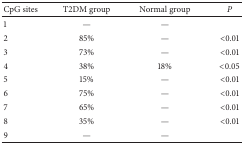
| CpG sites | T2DM group | Normal group | P |
 | --- | --- | --- | --- |
 | 1 | — | — |  |
 | 2 | 85% | — | <0.01 |
 | 3 | 73% | — | <0.01 |
 | 4 | 38% | 18% | <0.05 |
 | 5 | 15% | — | <0.01 |
 | 6 | 75% | — | <0.01 |
 | 7 | 65% | — | <0.01 |
 | 8 | 35% | — | <0.01 |
 | 9 | — | — |  |